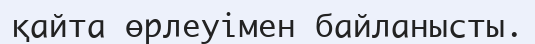
қайта өрлеуімен байланысты.